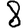
Digit: 8